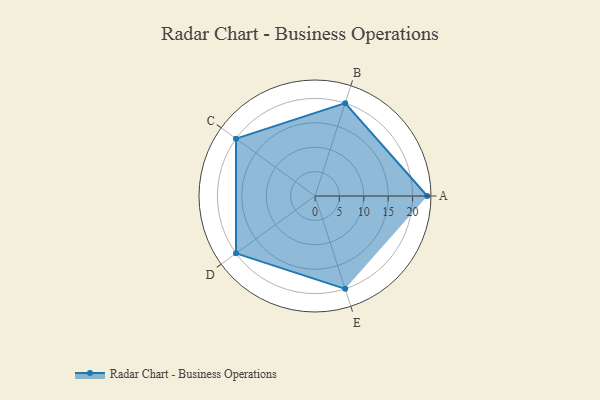
{"axis": {"x": "Skill", "y": "Score"}, "legend": ["Profile"], "data": [{"x": "A", "y": 23.0, "type": "Profile"}, {"x": "B", "y": 20, "type": "Profile"}, {"x": "C", "y": 20, "type": "Profile"}, {"x": "D", "y": 20, "type": "Profile"}, {"x": "E", "y": 20, "type": "Profile"}]}